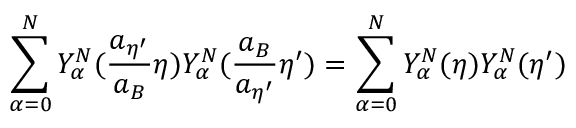
\sum _ { \alpha = 0 } ^ { N } Y _ { \alpha } ^ { N } ( \frac { a _ { { \eta } ^ { \prime } } } { a _ { B } } { \eta } ) Y _ { \alpha } ^ { N } ( \frac { a _ { B } } { a _ { { \eta } ^ { \prime } } } { \eta } ^ { \prime } ) = \sum _ { \alpha = 0 } ^ { N } Y _ { \alpha } ^ { N } ( { \eta } ) Y _ { \alpha } ^ { N } ( { \eta } ^ { \prime } )